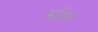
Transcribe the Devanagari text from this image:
महिनें